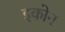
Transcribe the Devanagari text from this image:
इकोन